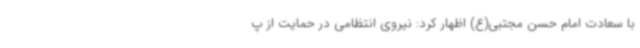
با سعادت امام حسن مجتبی(ع) اظهار کرد: نیروی انتظامی در حمایت از پ